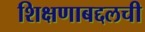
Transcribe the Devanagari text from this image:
शिक्षणाबद्दलची